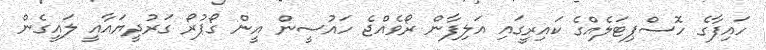
ހައިފާގެ ހޮސްޕިޓަލެއްގެ ކައިރީގައި އަލިފާން ރޯވެއްޖެ ހައުސީން އީން ގޯޕުރޯ ގަރުދީޔައާއީ ލައީގެން